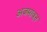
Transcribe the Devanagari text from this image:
अजमावून